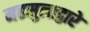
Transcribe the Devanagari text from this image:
महसुलाद्वारे